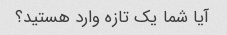
آیا شما یک تازه وارد هستید؟